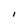
Character: I